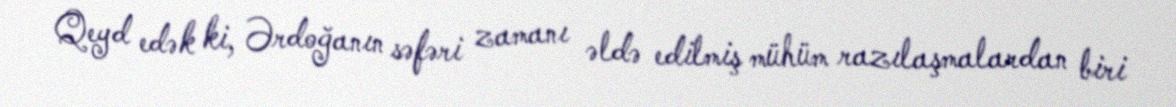
Qeyd edək ki, Ərdoğanın səfəri zamanı əldə edilmiş mühüm razılaşmalardan biri